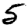
Digit: 5